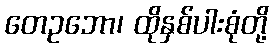
တေဥဘော၊ ထိုနှစ်ပါးစုံတို့